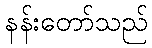
နန်းတော်သည်